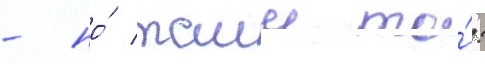
- но́ таии то́: